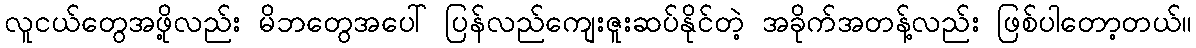
လူငယ်တွေအဖို့လည်း မိဘတွေအပေါ် ပြန်လည်ကျေးဇူးဆပ်နိုင်တဲ့ အခိုက်အတန့်လည်း ဖြစ်ပါတော့တယ်။